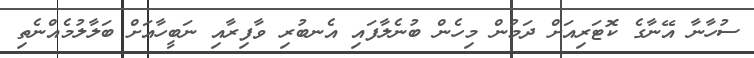
ސުހާނާ އޭނާގެ ކޮޓަރިއަށް ދަމުން މިހެން ބުނެލާފައި އެނބުރި ވާފިރާއި ނަބީހާއަށް ބަލާލުމެއްނެތި